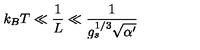
k _ { B } T \ll \frac { 1 } { L } \ll \frac { 1 } { g _ { s } ^ { 1 / 3 } \sqrt { \alpha ^ { \prime } } }